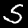
Label: 5